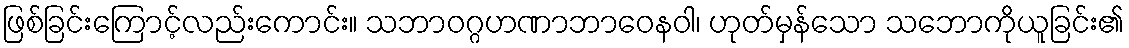
ဖြစ်ခြင်းကြောင့်လည်းကောင်း။ သဘာဝဂ္ဂဟဏာဘာဝေနဝါ၊ ဟုတ်မှန်သော သဘောကိုယူခြင်း၏